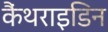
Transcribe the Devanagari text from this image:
कैंथराइडिन